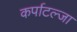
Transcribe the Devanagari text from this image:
कर्पाटल्जा